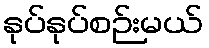
နုပ်နုပ်စဉ်းမယ်